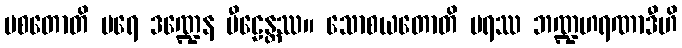
ပစတောတိ ပရေ ဒဏ္ဍေန ပီဠေန္တဿ။ သောစယတောတိ ပရဿ ဘဏ္ဍဟရဏာဒီဟိ